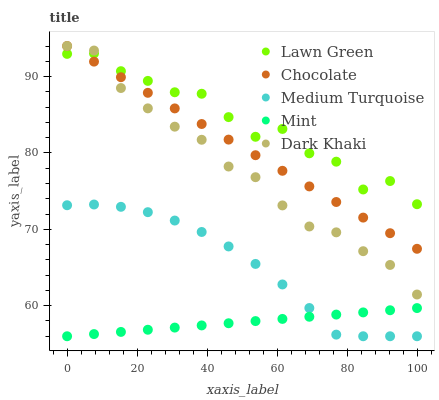
| xaxis_label | Lawn Green | Chocolate | Medium Turquoise | Mint | Dark Khaki |
 | --- | --- | --- | --- | --- | --- |
 | 0 | 93 | 94 | 73.2 | 56 | 94 |
 | 7.69 | 93 | 92 | 73.2 | 56.3 | 93.4 |
 | 15.4 | 90.7 | 89.9 | 72.9 | 56.6 | 88.5 |
 | 23.1 | 89.4 | 87.9 | 72.2 | 56.9 | 85.8 |
 | 30.8 | 87.9 | 85.8 | 71.1 | 57.1 | 83.4 |
 | 38.5 | 87.7 | 83.8 | 69.7 | 57.4 | 81.7 |
 | 46.2 | 84.7 | 81.7 | 67.8 | 57.7 | 78.2 |
 | 53.8 | 82.1 | 79.7 | 65.5 | 58 | 76.8 |
 | 61.5 | 83.1 | 77.7 | 62.8 | 58.3 | 73.1 |
 | 69.2 | 80 | 75.6 | 59.7 | 58.6 | 70.4 |
 | 76.9 | 78.9 | 73.6 | 56.2 | 58.8 | 69.6 |
 | 84.6 | 75.2 | 71.5 | 56 | 59.1 | 67.1 |
 | 92.3 | 76.3 | 69.5 | 56 | 59.4 | 65.3 |
 | 100 | 73.3 | 67.5 | 56 | 59.7 | 61.5 |